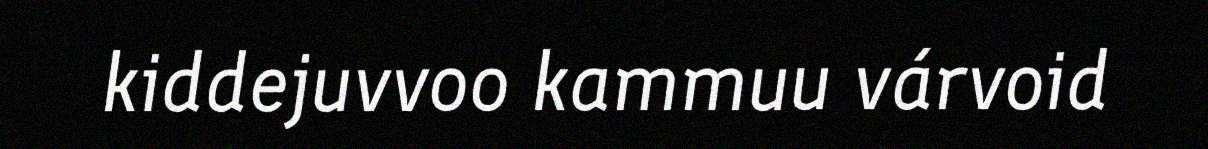
kiddejuvvoo kammuu várvoid